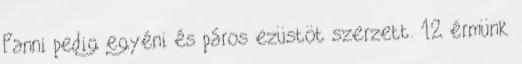
Fanni pedig egyéni és páros ezüstöt szerzett. 12 érmünk